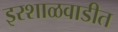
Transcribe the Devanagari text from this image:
इरशाळवाडीत